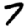
Digit: 7